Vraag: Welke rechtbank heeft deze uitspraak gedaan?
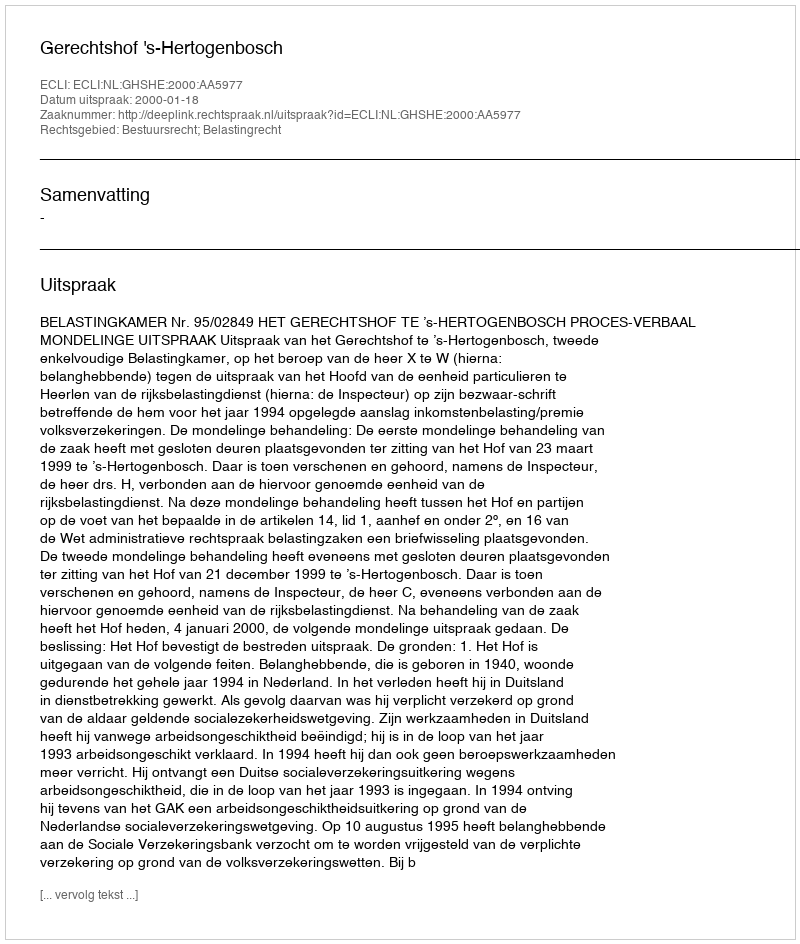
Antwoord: Gerechtshof 's-Hertogenbosch